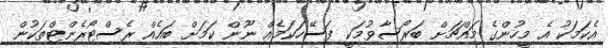
އެކަމަކު އެ މީހުންގެ މައްޗަށް ބަރޯސާވުމަކީ ފަސޭހަކަމެއް ނޫން ކަމަށް ބައެއް ރެސްޓޯރެންޓްތަކުން